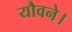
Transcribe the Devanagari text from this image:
यौवने।